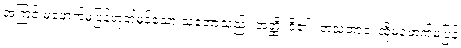
အကြင် မဖောက်မပြန်ဟုတ်မှန်သော သဘောသည်။ အတ္ထိ၊ ရှိ၏။ တံသဘာဝံ၊ ထိုမဖောက်မပြန်